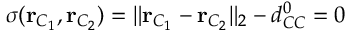
\sigma ( \mathbf { r } _ { C _ { 1 } } , \mathbf { r } _ { C _ { 2 } } ) = \| \mathbf { r } _ { C _ { 1 } } - \mathbf { r } _ { C _ { 2 } } \| _ { 2 } - d _ { C C } ^ { 0 } = 0